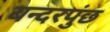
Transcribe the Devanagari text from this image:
बन्दरपुंछ